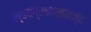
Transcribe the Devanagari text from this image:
स्वयंप्रकाशानन्द